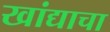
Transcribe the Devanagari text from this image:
खांद्याचा